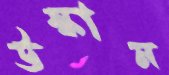
উস্কান